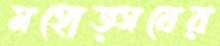
মহোত্সবের